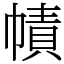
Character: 幘